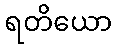
ရတိယော